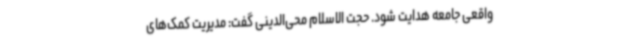
واقعی جامعه هدایت شود. حجت الاسلام محی‌الدینی گفت: مدیریت کمک‌های